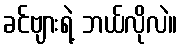
ခင်ဗျားရဲ့ ဘယ်လိုလဲ။